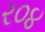
ર૦૪